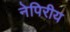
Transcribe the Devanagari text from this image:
नेपिरीय